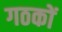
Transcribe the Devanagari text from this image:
गठकों